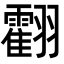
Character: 𦒧